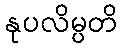
နုပလိမ္ပတိ